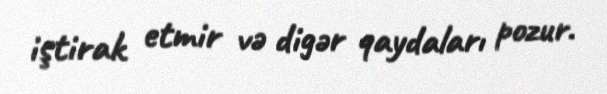
iştirak etmir və digər qaydaları pozur.